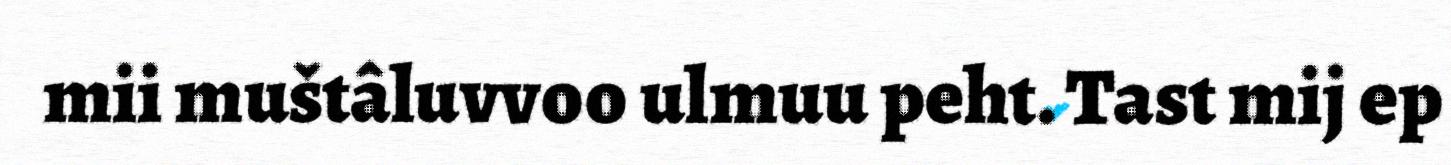
mii muštâluvvoo ulmuu peht. Tast mij ep